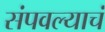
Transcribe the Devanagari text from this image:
संपवल्याचं